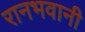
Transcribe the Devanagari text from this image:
रानभवानी